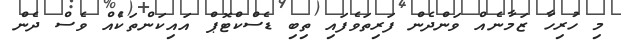
މި ހުރިހާ ޒަމާނެއް ވަންދެން ފަރިތަވެފައި ތިބި ޑެސްކްޓޮޕް އައިކަންތަކެއް ވެސް ދެން